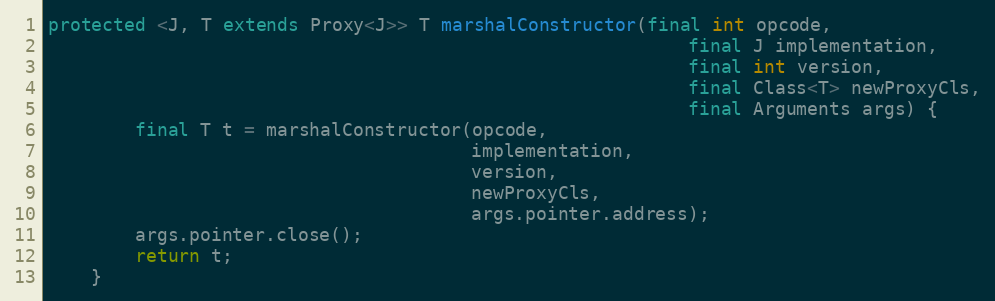
Language: Java
protected <J, T extends Proxy<J>> T marshalConstructor(final int opcode,
                                                           final J implementation,
                                                           final int version,
                                                           final Class<T> newProxyCls,
                                                           final Arguments args) {
        final T t = marshalConstructor(opcode,
                                       implementation,
                                       version,
                                       newProxyCls,
                                       args.pointer.address);
        args.pointer.close();
        return t;
    }